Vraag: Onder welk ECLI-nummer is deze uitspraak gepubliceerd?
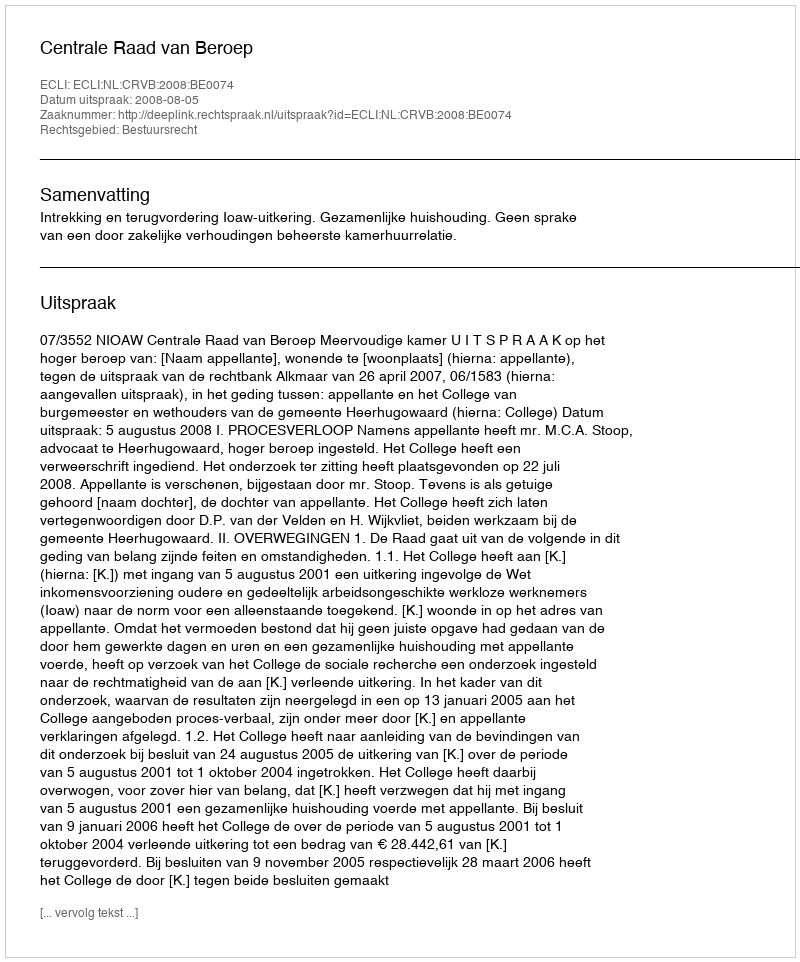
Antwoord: ECLI:NL:CRVB:2008:BE0074